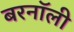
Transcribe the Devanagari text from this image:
बरनॉली